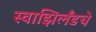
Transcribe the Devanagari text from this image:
स्वाझिलँडचे